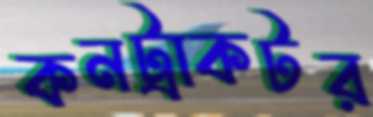
কনট্রাকটর